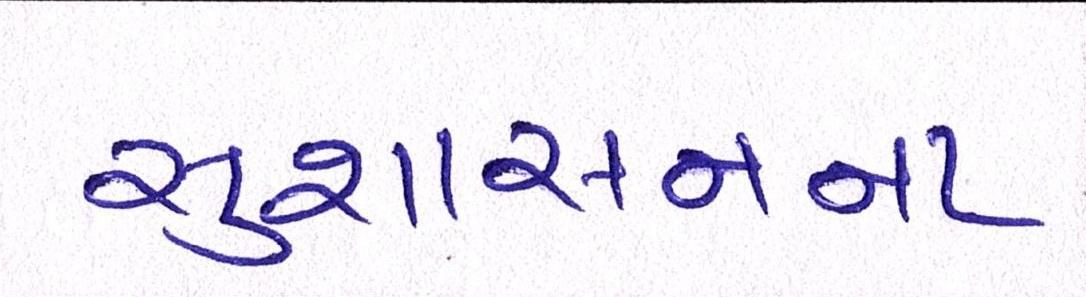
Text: સુશાસનના